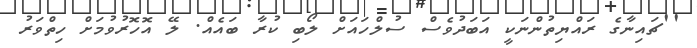
''ޗައިނާގެ ރައްޔިތުންނަކީ އަބަދުވެސް ސުލްހައަށް ލޯބި ކުރާ ބައެއް. ލޭ އޮހޮރުވުމަށް ހިތްވަރު